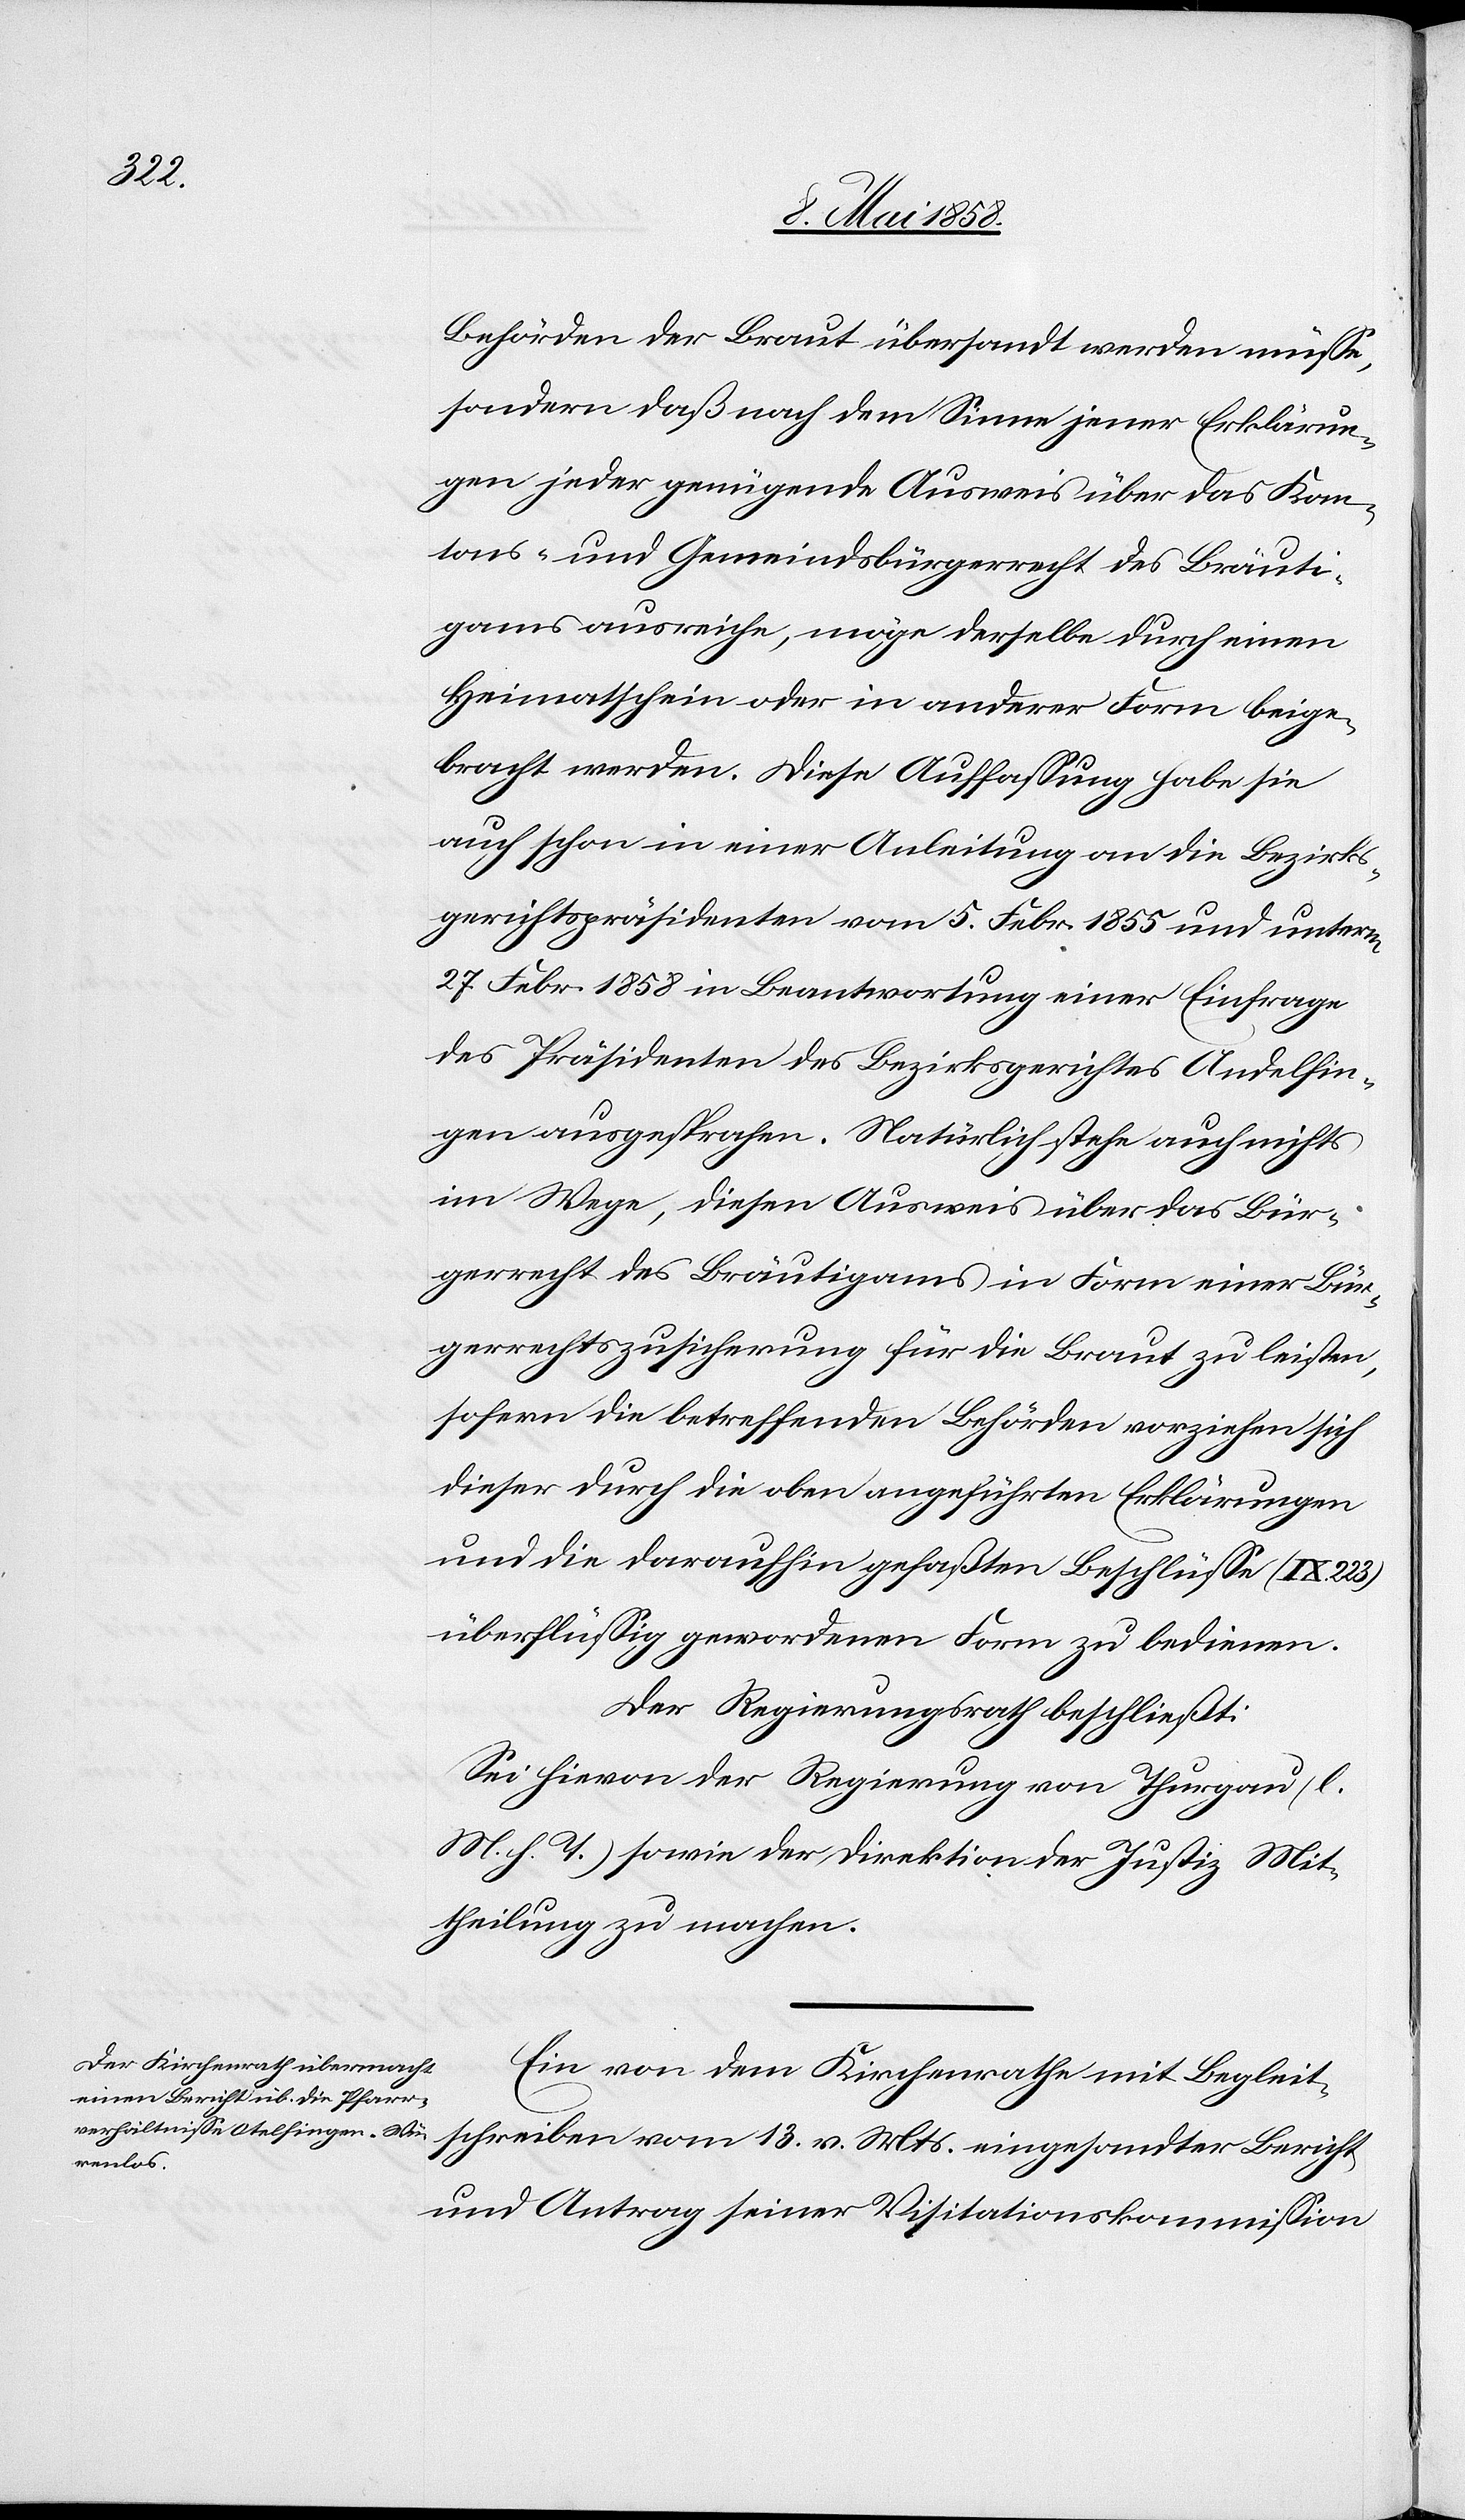
Behörden der Braut übersandt werden müsse,
sondern daß nach dem Sinne jener Erklärun¬
gen jeder genügende Ausweis über das Kan¬
tons- und Gemeindsbürgerrecht des Bräuti¬
gams ausreiche, möge derselbe durch einen
Heimatschein oder in anderer Form beige¬
bracht werden. Diese Auffassung habe sie
auch schon in einer Anleitung an die Bezirks¬
gerichtspräsidenten vom 5. Febr. 1855 und unterm
27. Febr. 1858 in Beantwortung einer Einfrage
des Präsidenten des Bezirksgerichtes Andelfin¬
gen ausgesprochen. Natürlich stehe auch nichts
im Wege, diesen Ausweis über das Bür¬
gerrecht des Bräutigams in Form einer Bür¬
gerrechtszusicherung für die Braut zuleisten,
sofern die betreffenden Behörden vorziehen sich
dieser durch die oben angeführten Erklärungen
und die daraufhin gefaßten Beschlüsse (IX 223)
überflüssig gewordenen Form zu bedienen.
Der Regierungsrath beschließt:
Sei hievon der Regierung von Thurgau (l.
M. h. T.) sowie der Direktion der Justiz Mit¬
theilung zu machen.
Ein von dem Kirchenrathe mit Begleit¬
schreiben vom 13. v. Mts. eingesandter Bericht
und Antrag seiner Visitationskommission